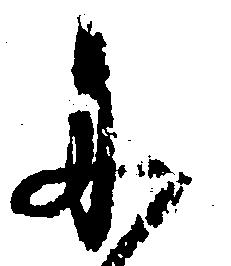
に